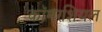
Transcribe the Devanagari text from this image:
कॉमरशियल